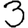
Digit: 3